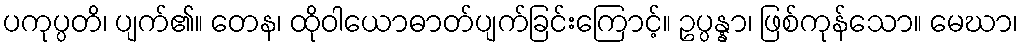
ပကုပ္ပတိ၊ ပျက်၏။ တေန၊ ထိုဝါယောဓာတ်ပျက်ခြင်းကြောင့်။ ဥပ္ပန္နာ၊ ဖြစ်ကုန်သော။ မေဃာ၊